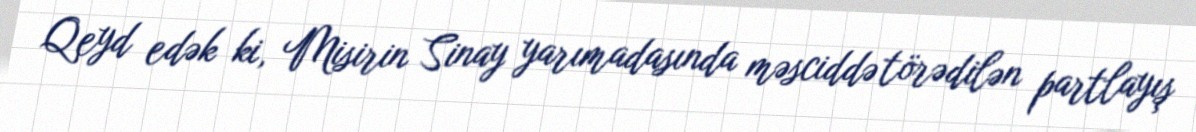
Qeyd edək ki, Misirin Sinay yarımadasında məsciddə törədilən partlayış